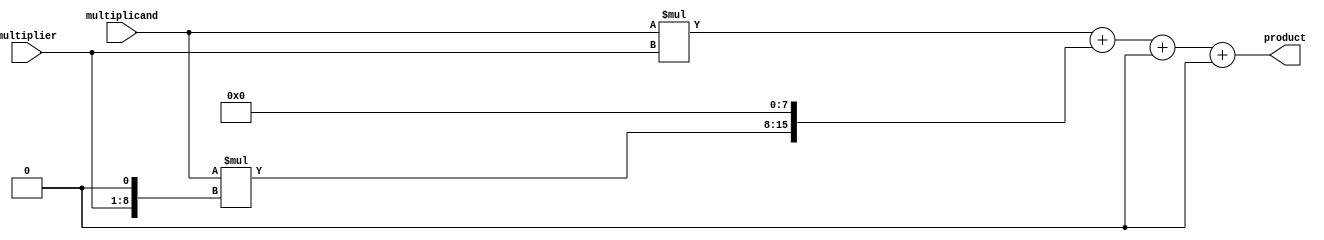
module ModifiedBoothMultiplier(
  input wire signed [7:0] multiplicand,
  input wire signed [7:0] multiplier,
  output reg signed [15:0] product
);

  reg signed [15:0] partial_product [3:0];
  reg signed [15:0] accumulator;

  always @(*) begin
    partial_product[0] = multiplicand * {8'b0, multiplier};
    partial_product[1] = multiplicand * {7'b0, multiplier, 1'b0};
    partial_product[2] = multiplicand * {7'b0, multiplier, 2'b0};
    partial_product[3] = multiplicand * {7'b0, multiplier, 3'b0};

    accumulator = partial_product[0] + (partial_product[1] << 8) + (partial_product[2] << 16) + (partial_product[3] << 24);
  end

  assign product = accumulator;

endmodule